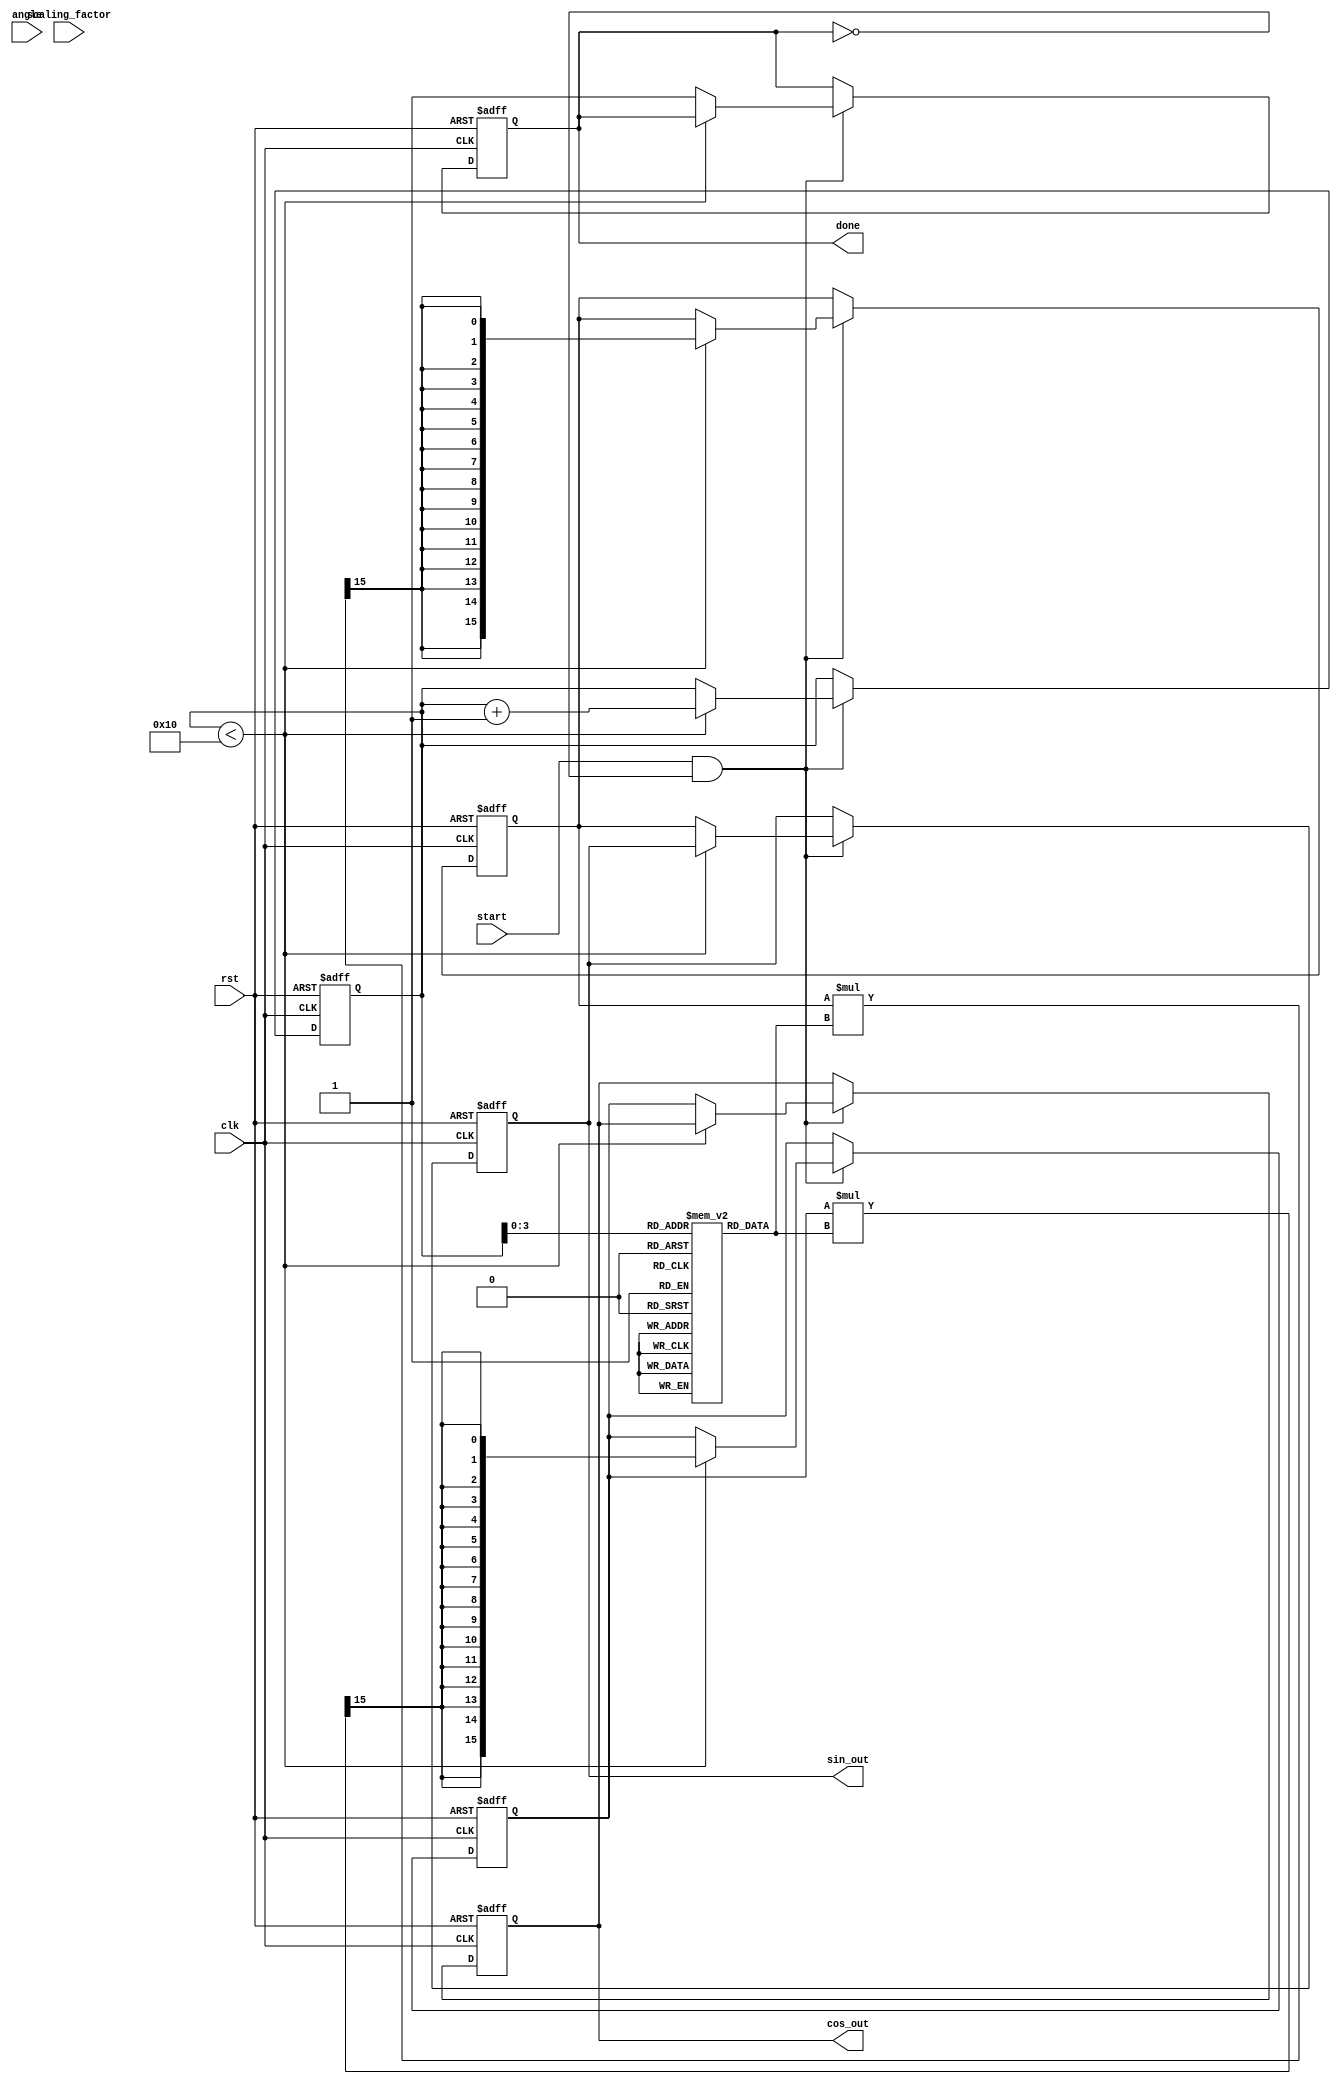
module cordic #(
    parameter WIDTH = 16, // Width of fixed-point numbers
    parameter ITERATIONS = 16 // Number of CORDIC iterations
)(
    input wire clk,
    input wire rst,
    input wire start,
    input wire signed [WIDTH-1:0] angle, // Input angle in fixed-point format
    input wire signed [WIDTH-1:0] scaling_factor, // Input scaling factor
    output reg signed [WIDTH-1:0] cos_out, // Output cosine value
    output reg signed [WIDTH-1:0] sin_out, // Output sine value
    output reg done // Indicates completion
);

    // Lookup tables for angles and scaling factors
    reg signed [WIDTH-1:0] angle_lut [0:ITERATIONS-1];
    reg signed [WIDTH-1:0] scaling_lut [0:ITERATIONS-1];

    // Internal registers
    reg signed [WIDTH-1:0] x, y, z;
    reg [4:0] iter; // Iteration counter

    // Initialize LUTs
    initial begin
        // Precomputed angles (in fixed-point format)
        angle_lut[0] = 16'h3FFF; // atan(2^0) = 45 degrees
        angle_lut[1] = 16'h3FB6; // atan(2^-1)
        angle_lut[2] = 16'h3F6C; // atan(2^-2)
        angle_lut[3] = 16'h3F2A; // atan(2^-3)
        angle_lut[4] = 16'h3EDB; // atan(2^-4)
        angle_lut[5] = 16'h3E8B; // atan(2^-5)
        angle_lut[6] = 16'h3E3C; // atan(2^-6)
        angle_lut[7] = 16'h3DCE; // atan(2^-7)
        angle_lut[8] = 16'h3D5B; // atan(2^-8)
        angle_lut[9] = 16'h3D00; // atan(2^-9)
        angle_lut[10] = 16'h3C9B; // atan(2^-10)
        angle_lut[11] = 16'h3C2A; // atan(2^-11)
        angle_lut[12] = 16'h3BA0; // atan(2^-12)
        angle_lut[13] = 16'h3B0A; // atan(2^-13)
        angle_lut[14] = 16'h3A6D; // atan(2^-14)
        angle_lut[15] = 16'h3A00; // atan(2^-15)

        // Precomputed scaling factors
        scaling_lut[0] = 16'h1FFF; // 1/sqrt(1 + 2^0)
        scaling_lut[1] = 16'h1FFC; // 1/sqrt(1 + 2^-1)
        scaling_lut[2] = 16'h1FF8; // 1/sqrt(1 + 2^-2)
        scaling_lut[3] = 16'h1FF4; // 1/sqrt(1 + 2^-3)
        scaling_lut[4] = 16'h1FF0; // 1/sqrt(1 + 2^-4)
        scaling_lut[5] = 16'h1FEC; // 1/sqrt(1 + 2^-5)
        scaling_lut[6] = 16'h1FE8; // 1/sqrt(1 + 2^-6)
        scaling_lut[7] = 16'h1FE4; // 1/sqrt(1 + 2^-7)
        scaling_lut[8] = 16'h1FE0; // 1/sqrt(1 + 2^-8)
        scaling_lut[9] = 16'h1FDC; // 1/sqrt(1 + 2^-9)
        scaling_lut[10] = 16'h1FD8; // 1/sqrt(1 + 2^-10)
        scaling_lut[11] = 16'h1FD4; // 1/sqrt(1 + 2^-11)
        scaling_lut[12] = 16'h1FD0; // 1/sqrt(1 + 2^-12)
        scaling_lut[13] = 16'h1FCC; // 1/sqrt(1 + 2^-13)
        scaling_lut[14] = 16'h1FC8; // 1/sqrt(1 + 2^-14)
        scaling_lut[15] = 16'h1FC4; // 1/sqrt(1 + 2^-15)
    end

    // CORDIC computation process
    always @(posedge clk or posedge rst) begin
        if (rst) begin
            x <= 16'h1FFF; // Initial x = 1.0 in fixed-point
            y <= 16'h0;    // Initial y = 0.0
            z <= angle;    // Input angle
            iter <= 0;
            done <= 0;
            cos_out <= 0;
            sin_out <= 0;
        end else if (start && !done) begin
            if (iter < ITERATIONS) begin
                // Determine direction of rotation
                if (z < 0) begin
                    x <= x + (y >>> iter); // x = x + y * 2^-iter
                    y <= y - (x >>> iter); // y = y - x * 2^-iter
                    z <= z + angle_lut[iter]; // z = z + angle_lut[iter]
                end else begin
                    x <= x - (y >>> iter); // x = x - y * 2^-iter
                    y <= y + (x >>> iter); // y = y + x * 2^-iter
                    z <= z - angle_lut[iter]; // z = z - angle_lut[iter]
                end

                // Apply scaling factor
                x <= (x * scaling_lut[iter]) >>> (WIDTH - 1);
                y <= (y * scaling_lut[iter]) >>> (WIDTH - 1);

                iter <= iter + 1; // Increment iteration counter
            end else begin
                cos_out <= x; // Output cosine
                sin_out <= y; // Output sine
                done <= 1; // Indicate completion
            end
        end
    end
endmodule